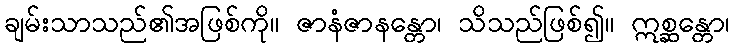
ချမ်းသာသည်၏အဖြစ်ကို။ ဇာနံဇာနန္တော၊ သိသည်ဖြစ်၍။ ဣစ္ဆန္တော၊